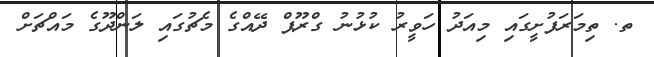
ތ. ތިމަރަފުށީގައި މިއަދު ހަވީރު ކުޅުނު ގްރޫޕް ދޭއްގެ މެޗުގައި ލަންދޫގެ މައްޗަށް